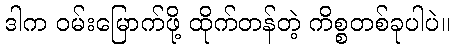
ဒါက ဝမ်းမြောက်ဖို့ ထိုက်တန်တဲ့ ကိစ္စတစ်ခုပါပဲ။